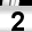
Digit: 2